Leaving Certificate Examination, 1906
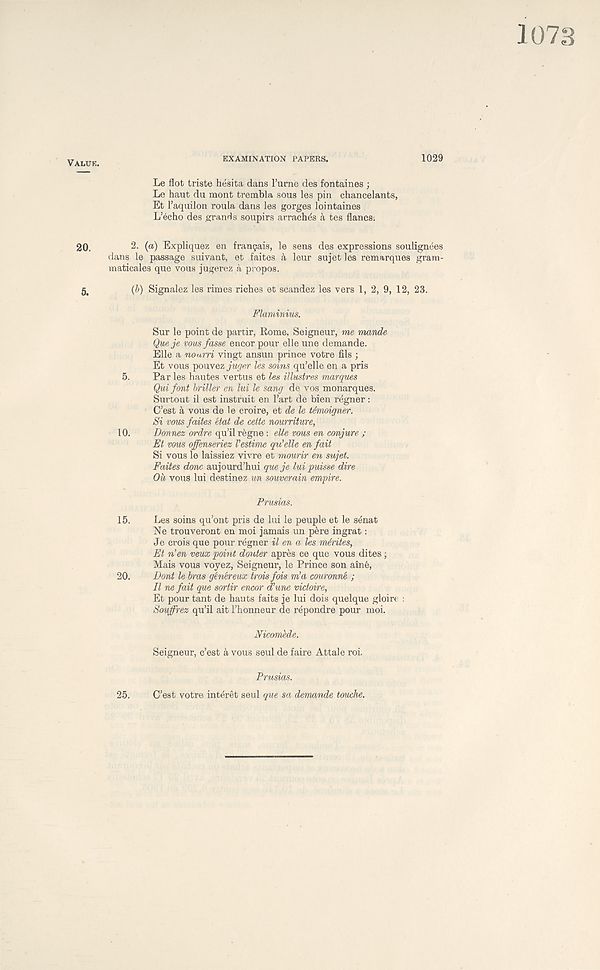
VALUE.
EXAMINATION PAPERS.
1029
Le flot triste hesita dans 1’urne des fontaines ;
Le haut du mont trembla sous les pin chancelants,
Et 1’aquilon roula dans les gorges lointaines
L’echo des grands soupirs arraches a tes flancs.
20.
2. (a) Expliquez en fran5ais, le sens des expressions soulignees
dans le passage suivant, et faites a leur sujet les remarques gram-
maticales que vous jugerez a propos.
tj'
(b) Signalez les rimes riches et scandez les vers 1, 2, 9, 12, 23.
Flaminius.
Sur le point de partir, Rome, Seigneur, me mande
Que je vous fasse encor pour elle une demande.
Elle a nourri vingt ansun prince votre fils ;
Et vous pouvez juger les soins qu’elle en a pris
5.
Par les hautes vertus et les illustres marques
Qui font briller en lui le sang de vos monarques.
Surtout il est instruit en 1’art de bien regner :
C’est a vous de le croire, et de le Mmoigner.
Si vous faites 'etat de cette nourriture,
10.
Donnez ordre qu’il regne : elle vous en conjure ;
Et vous offenseriez Vestime qu’elle en fait
Si vous le laissiez vivre et mourir en sujet.
Faites done aujourd’hui queje lui puisse dire
Oil vous lui destinez un souverain empire.
Prusias.
15.
Les soins qu’ont pris de lui le peuple et le senat
Ne trouveront en moi jamais un pere ingrat:
Je crois que pour regner il en a les mdrites,
Et nen veux point donter apres ce que vous dites ;
Mais vous voyez, Seigneur, le Prince son ame,
20.
Dont le bras genereux trois fois m’a couronne ;
Il ne fait que sortir encor d’une vidoire,
Et pour tant de hauts faits je lui dois quelque gloire :
Souffrez qu’il ait 1’honneur de repondre pour moi.
NicomMe.
Seigneur, c’est k vous seul de faire Attale roi.
Prusias.
25.
C’est votre interet seul que sa demande touche.